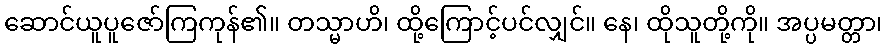
ဆောင်ယူပူဇော်ကြကုန်၏။ တသ္မာဟိ၊ ထို့ကြောင့်ပင်လျှင်။ နေ၊ ထိုသူတို့ကို။ အပ္ပမတ္တာ၊